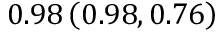
0 . 9 8 \left( 0 . 9 8 , 0 . 7 6 \right)